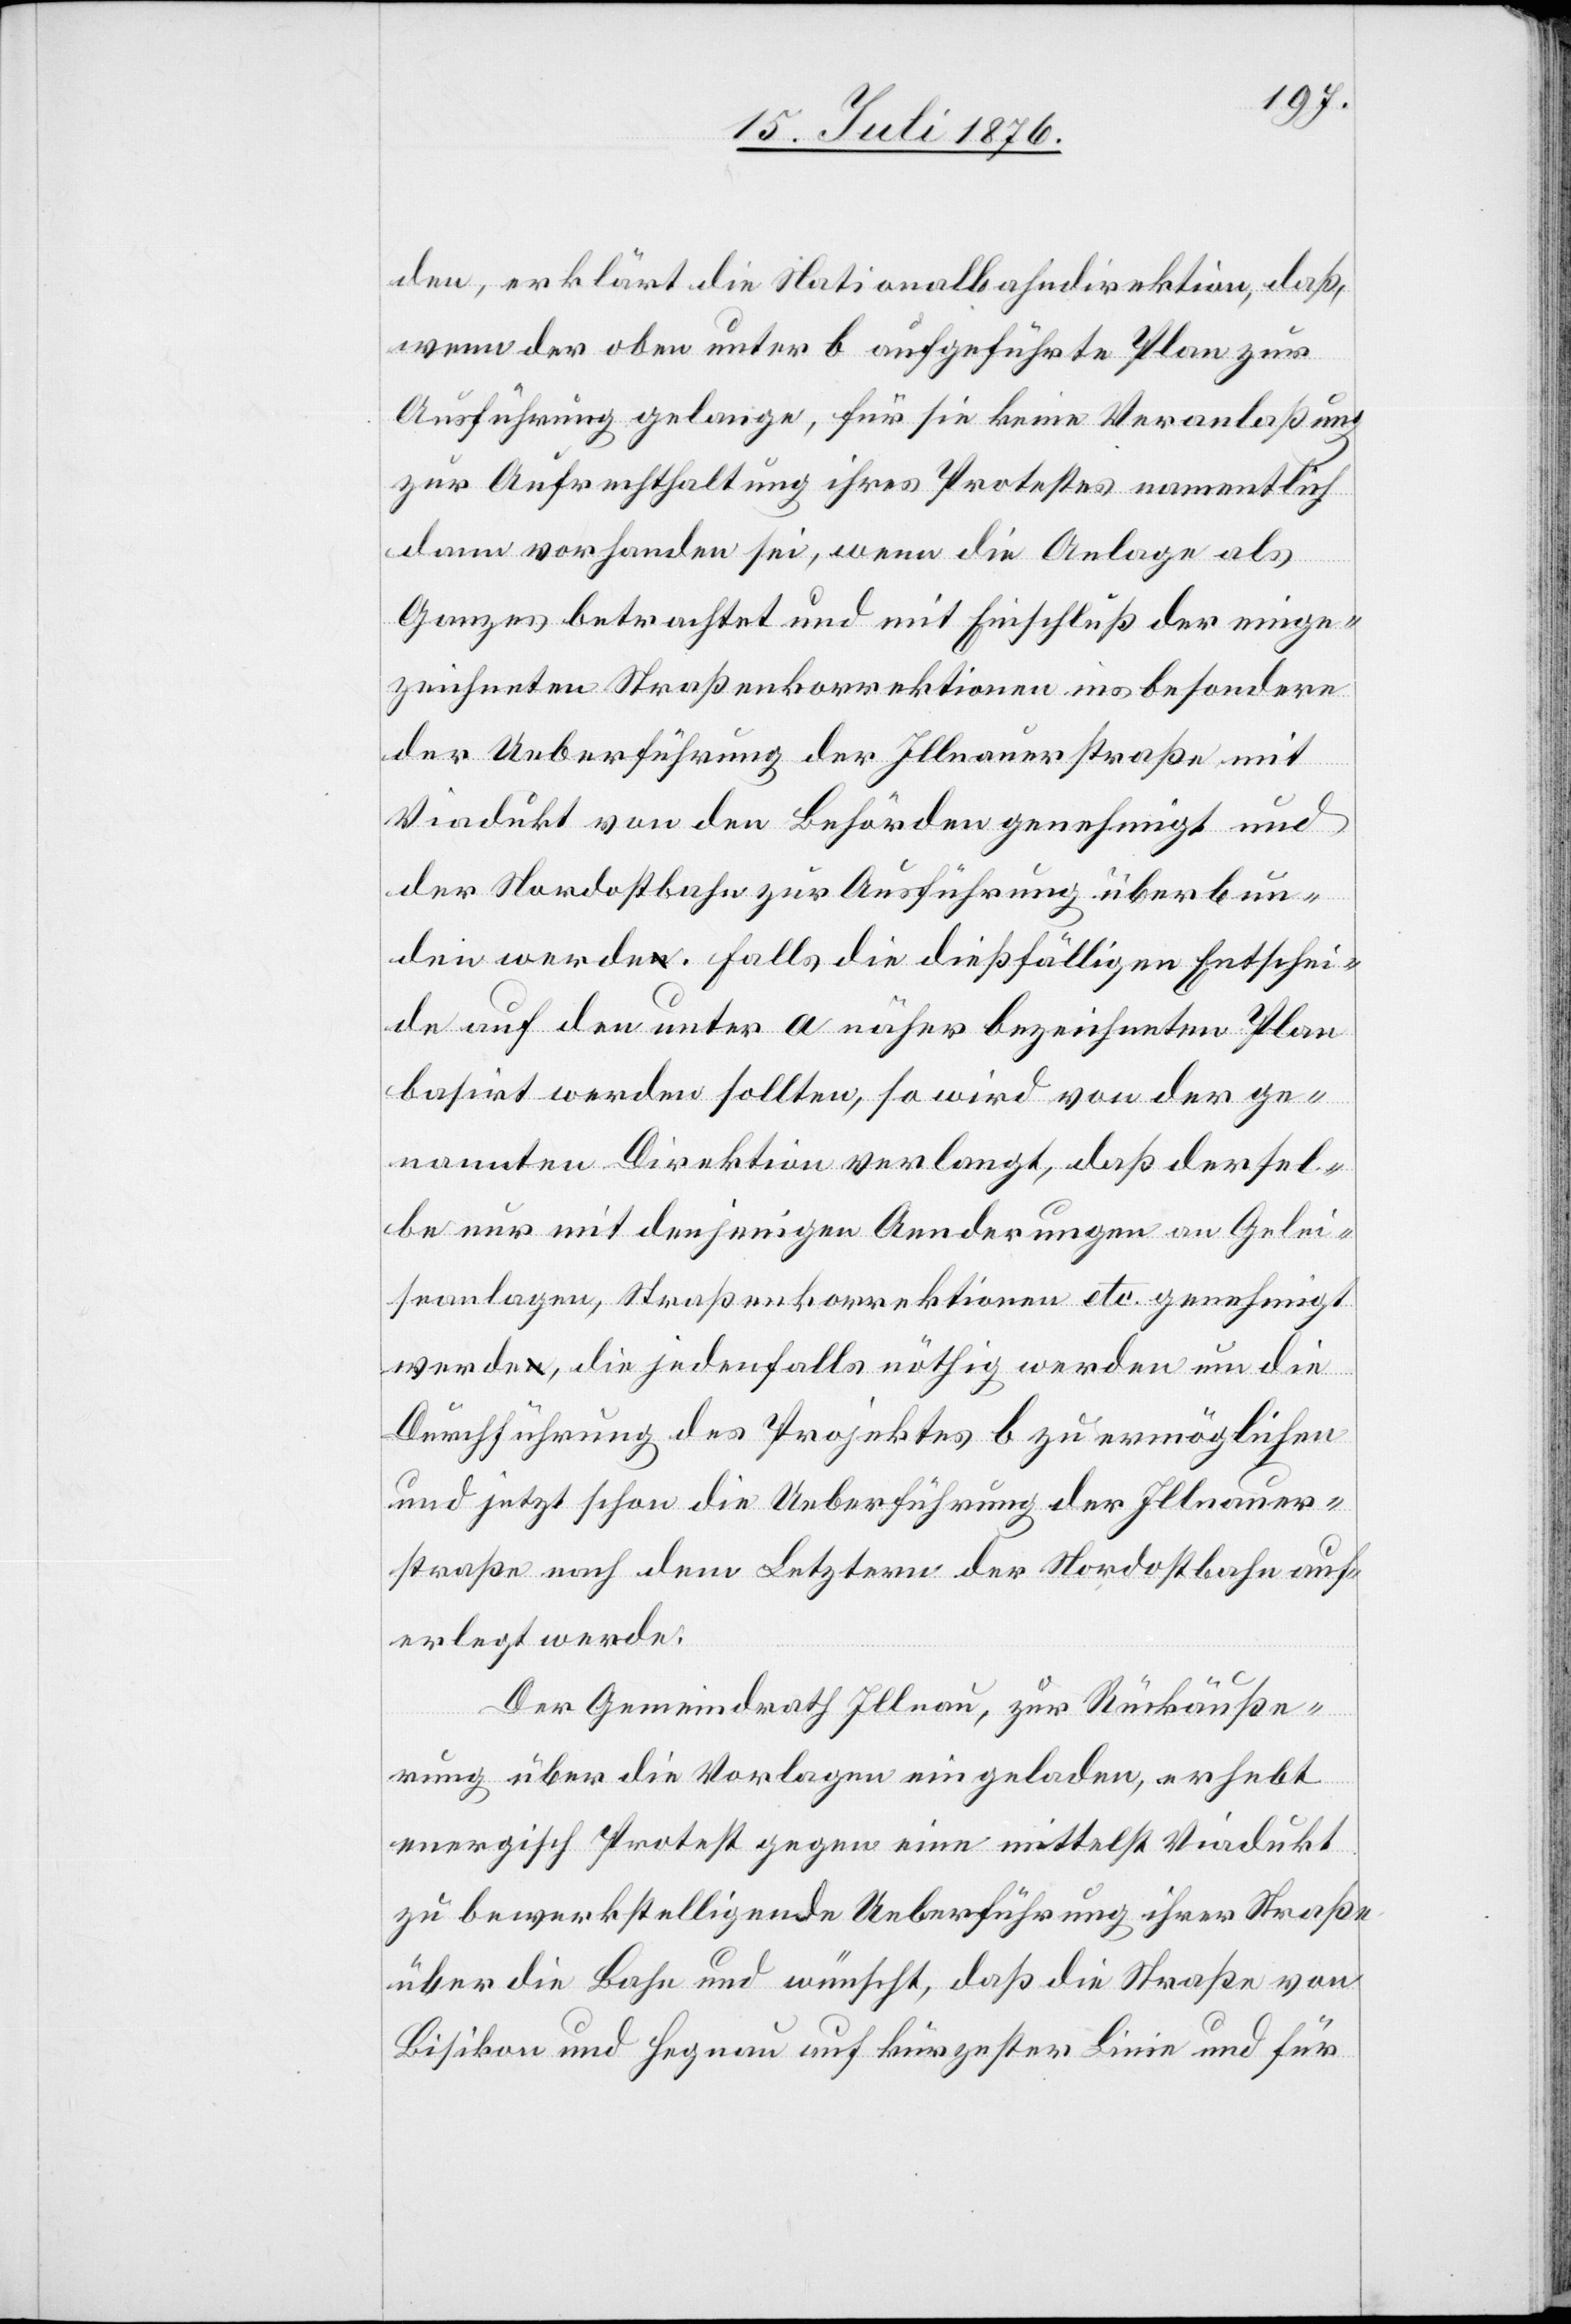
den, erklärt die Nationalbahndirektion, daß,
wenn der oben unter b aufgeführte Plan zur
Ausführung gelange, für sie keine Veranlaßung
zur Aufrechterhaltung ihres Protestes namentlich
dann vorhanden sei, wenn die Anlage als
Ganzes betrachtet und mit Einschluß der einge¬
zeichneten Straßenkorrektionen insbesondere
der Ueberführung der Illnauerstraße mit
Viadukt von den Behörden genehmigt und
der Nordostbahn zur Ausführung überbun¬
den werde. Falls die dießfälligen Entschei¬
de auf den unter a näher bezeichneten Plan
basirt werden sollten, so wird von der ge¬
nannten Direktion verlangt, daß dersel¬
be nur mit denjenigen Aenderungen an Gelei¬
seanlagen, Straßenkorrektionen etc. genehmigt
werde, die jedenfalls nöthig werden um die
Durchführung des Projektes b zu ermöglichen
und jetzt schon die Ueberführung der Illnauer¬
straße nach dem Letztern der Nordostbahn auf¬
erlegt werde.
Der Gemeindrath Illnau, zur Rückäuße¬
rung über die Vorlagen eingeladen, erhebt
energisch Protest gegen eine mittelst Viadukt
zu bewerkstelligende Ueberführung ihrer Straße
über die Bahn und wünscht, das die Straße von
Bisikon und Henau auf kürzester Linie und für